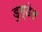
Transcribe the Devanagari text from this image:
डुग्डेल